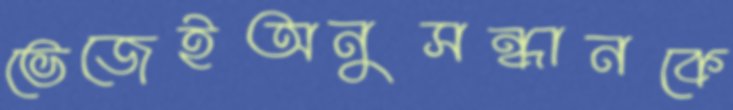
ভেজেইঅনুসন্ধানকে